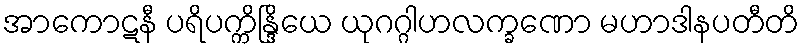
အာကောဋနီ ပရိပက္ကိန္ဒြိယေ ယုဂဂ္ဂါဟလက္ခဏော မဟာဒါနပတီတိ